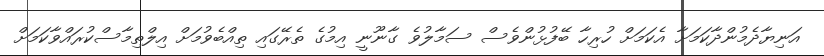
އަނިޔާދެމުންދާކަމަށާ އެކަމަށް ހުރިހާ ބޭފުޅުންވެސް ސަމާލުވެ ގާނޫނީ އިމުގެ ތެރޭގައި ތިއްބެވުމަށް އިލްތިމާސްކުރައްވާކަމަށް